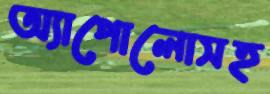
অ্যাপোলোসহ